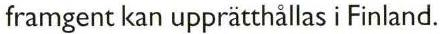
 framgent kan upprätthållas i Finland.